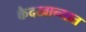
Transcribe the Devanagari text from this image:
कैदखान्यात